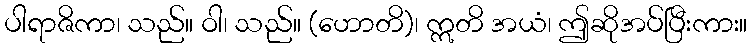
ပါရာဇိကာ၊ သည်။ ဝါ၊ သည်။ (ဟောတိ)၊ ဣတိ အယံ၊ ဤဆိုအပ်ပြီးကား။